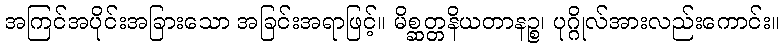
အကြင်အပိုင်းအခြားသော အခြင်းအရာဖြင့်။ မိစ္ဆတ္တနိယတာနဉ္စ၊ ပုဂ္ဂိုလ်အားလည်းကောင်း။